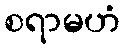
စရာမဟံ